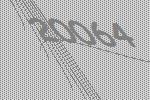
20064